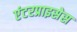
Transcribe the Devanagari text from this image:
एंटरप्राइसेस